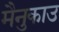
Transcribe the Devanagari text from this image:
मैनुकाउ